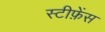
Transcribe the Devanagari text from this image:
स्टीफ़ेंस